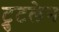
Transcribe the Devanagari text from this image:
ट्रुटलेन